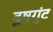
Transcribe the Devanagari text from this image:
दूषगुंट